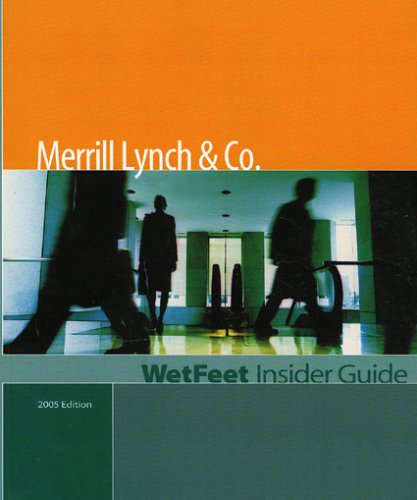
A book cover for Merrill Lynch & Co., 2005 Edition: WetFeet Insider Guide (Wetfeet Insider Guides); WetFeet; Business & Money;